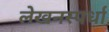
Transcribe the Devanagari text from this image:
लेखनस्पर्धा